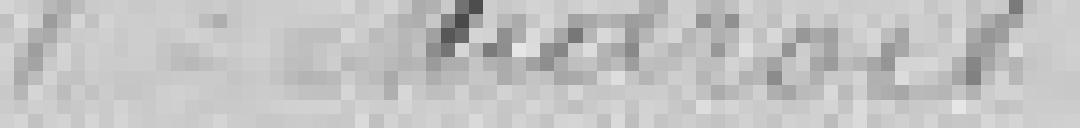
Veuve Midroil